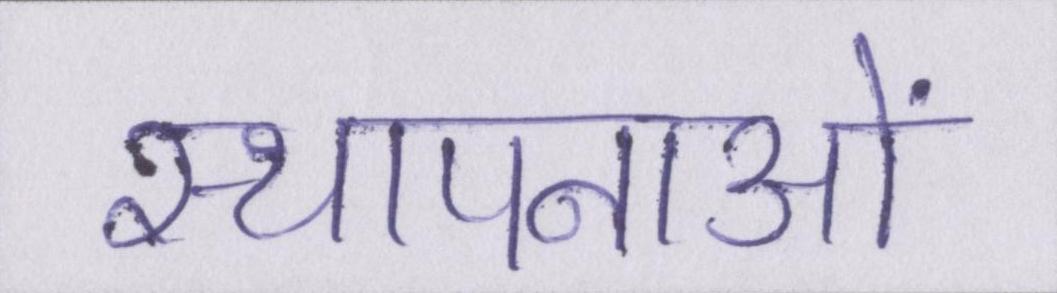
स्थापनाओं